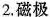
2，磁极